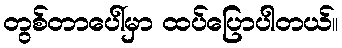
တွစ်တာပေါ်မှာ ထပ်ပြောပါတယ်။